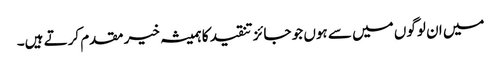
میں ان لوگوں میں سے ہوں جو جائز تنقید کا ہمیشہ خیر مقدم کرتے ہیں۔